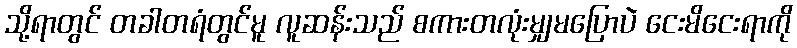
သို့ရာတွင် တခါတရံတွင်မူ လူဆန်းသည် စကားတလုံးမျှမပြောပဲ ငေးမိငေးရာကို